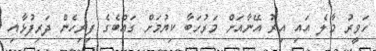
ހަވީރު މާލެ އައި އިރު އޭނާއަށް މަރުހަބާ ކިޔުމަށް ގައްބެގެ ފިރިހެން ދަރިފުޅާއި